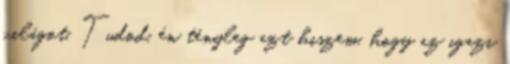
világot. Tudod, én tényleg azt hiszem, hogy az igazi